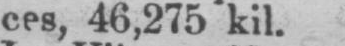
ces, 46,275 kil.